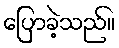
ပြောခဲ့သည်။